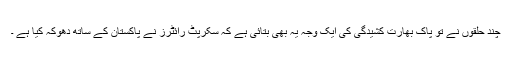
چند حلقوں نے تو پاک بھارت کشیدگی کی ایک وجہ یہ بھی بتائی ہے کہ سکرپٹ رائٹرز نے پاکستان کے ساتھ دھوکہ کیا ہے ۔